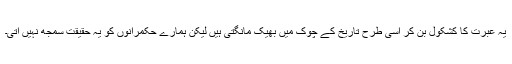
یہ عبرت کا کشکول بن کر اسی طرح تاریخ کے چوک میں بھیک مانگتی ہیں لیکن ہمارے حکمرانوں کو یہ حقیقت سمجھ نہیں آتی۔